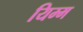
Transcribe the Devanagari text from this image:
यिम्म